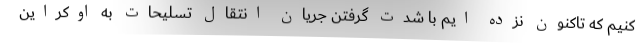
کنیم که تاکنون نزده ایم با شدت گرفتن جریان انتقال تسلیحات به اوکراین